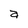
Character: a